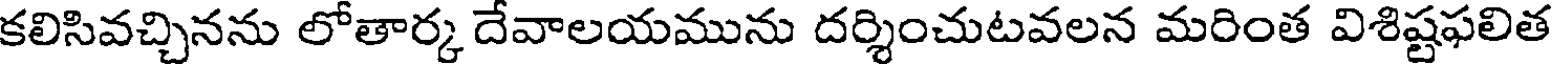
కలిసివచ్చినను లోతార్క దేవాలయమును దర్శించుటవలన మరింత విశిష్టఫలిత